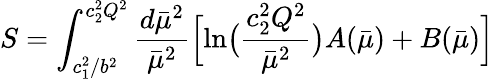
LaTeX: S=\int_{c_{1}^{2}/b^{2}}^{c_{2}^{2}Q^{2}}{\frac{d\bar{\mu}^{2}}{\bar{\mu}^{2}}}\Bigl[\ln\bigl({\frac{c_{2}^{2}Q^{2}}{\bar{\mu}^{2}}}\bigr)A(\bar{\mu})+B(\bar{\mu})\Bigr]\;